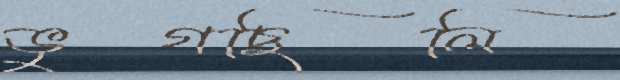
ভুগছিলি